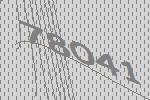
78041